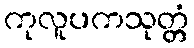
ကုလူပကသုတ္တံ